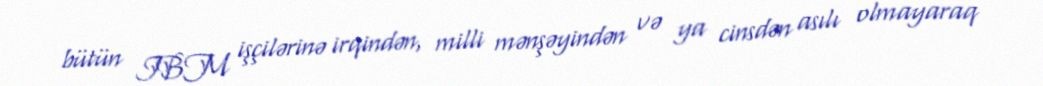
bütün IBM işçilərinə irqindən, milli mənşəyindən və ya cinsdən asılı olmayaraq